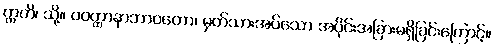
ဣတိ၊ သို့။ ဝဝတ္ထာနာဘာဝတော၊ မှတ်သားအပ်သော အပိုင်းအခြားမရှိခြင်းကြောင့်။